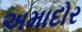
અમાદોર